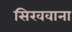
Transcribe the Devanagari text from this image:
सिखवाना